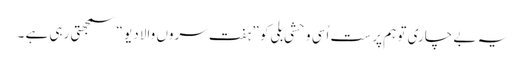
یہ بے چاری تو ہم پر ست اُسی وحشی بلی کو ” ہفت سروں والا دیو “ سمجھتی رہی ہے ۔